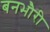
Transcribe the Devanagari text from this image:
बनभौरी